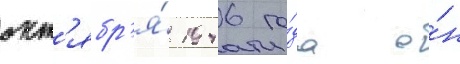
окт'ябр'я́ 1946 го́да о́н